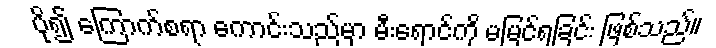
ပို၍ ကြောက်စရာ ကောင်းသည်မှာ မီးရောင်ကို မမြင်ရခြင်း ဖြစ်သည်။